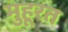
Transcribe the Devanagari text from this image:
मुहूरत